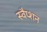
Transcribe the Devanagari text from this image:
स्वैप्शन